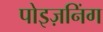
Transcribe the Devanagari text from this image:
पोइज़निंग